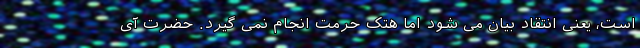
است، یعنی انتقاد بیان می شود اما هتک حرمت انجام نمی گیرد. حضرت آی